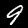
Digit: 9